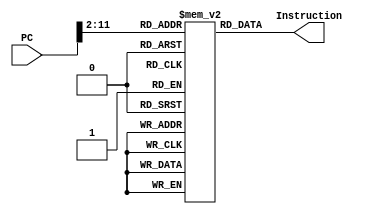
`timescale 1ns / 1ps
//////////////////////////////////////////////////////////////////////////////////
// Company: 
// Engineer: 
// 
// Design Name: 
// Module Name:    Instruction_Memory 
// Project Name: 
// Target Devices: 
// Tool versions: 
// Description: 
//
// Dependencies: 
//
// Revision: 
// Revision 0.01 - File Created
// Additional Comments: 
//
//////////////////////////////////////////////////////////////////////////////////
module Instruction_Memory(PC,Instruction);
input [31:0] PC;
output [31:0] Instruction;
reg [31:0] RAM[1023:0];
assign Instruction = RAM[(PC >> 2)];
endmodule